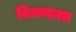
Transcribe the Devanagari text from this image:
विजयाशा